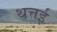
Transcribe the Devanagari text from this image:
थत्तई